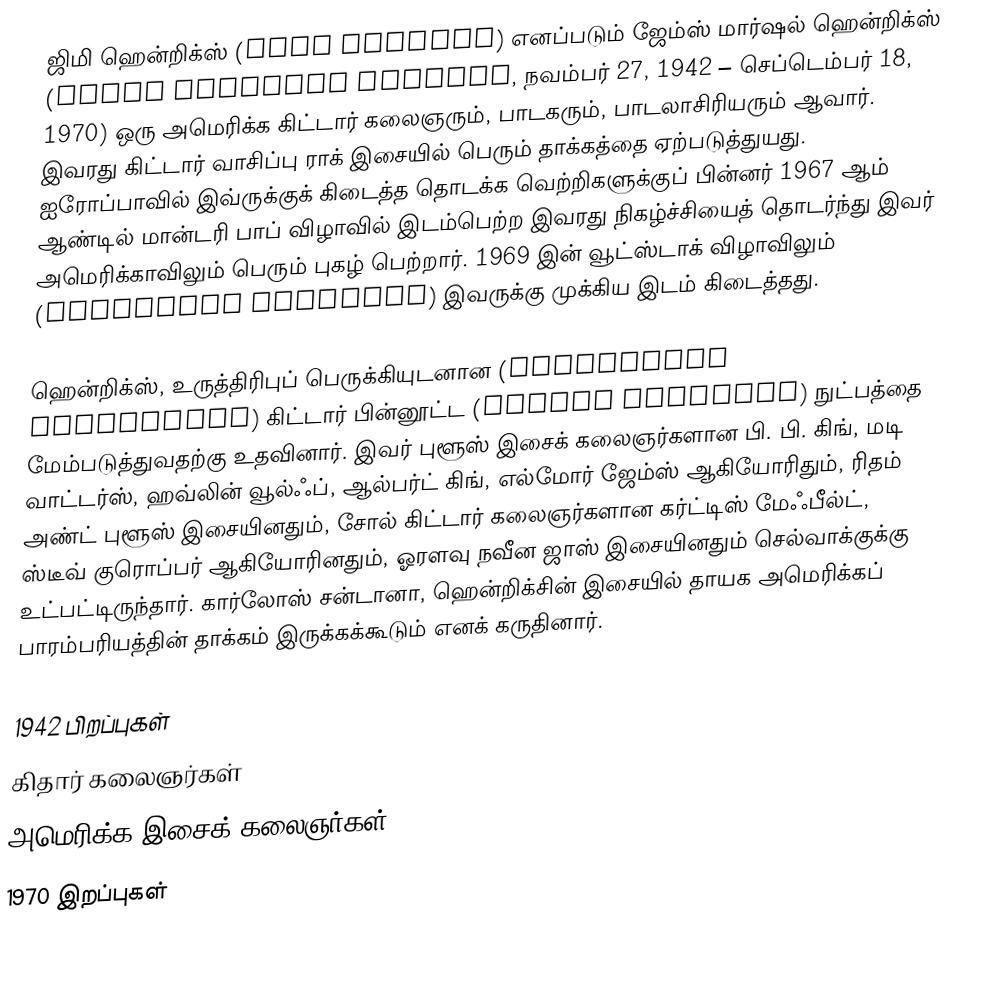
ஜிமி ஹென்றிக்ஸ் (Jimi Hendrix) எனப்படும் ஜேம்ஸ் மார்ஷல் ஹென்றிக்ஸ் (James Marshall Hendrix, நவம்பர் 27, 1942 – செப்டெம்பர் 18, 1970) ஒரு அமெரிக்க கிட்டார் கலைஞரும், பாடகரும், பாடலாசிரியரும் ஆவார். இவரது கிட்டார் வாசிப்பு ராக் இசையில் பெரும் தாக்கத்தை ஏற்படுத்துயது. ஐரோப்பாவில் இவ்ருக்குக் கிடைத்த தொடக்க வெற்றிகளுக்குப் பின்னர் 1967 ஆம் ஆண்டில் மான்டரி பாப் விழாவில் இடம்பெற்ற இவரது நிகழ்ச்சியைத் தொடர்ந்து இவர் அமெரிக்காவிலும் பெரும் புகழ் பெற்றார். 1969 இன் வூட்ஸ்டாக் விழாவிலும் (Woodstock Festival) இவருக்கு முக்கிய இடம் கிடைத்தது.

ஹென்றிக்ஸ், உருத்திரிபுப் பெருக்கியுடனான (overdriven amplifiers) கிட்டார் பின்னூட்ட (guitar feedback) நுட்பத்தை மேம்படுத்துவதற்கு உதவினார். இவர் புளூஸ் இசைக் கலைஞர்களான பி. பி. கிங், மடி வாட்டர்ஸ், ஹவ்லின் வூல்ஃப், ஆல்பர்ட் கிங், எல்மோர் ஜேம்ஸ் ஆகியோரிதும், ரிதம் அண்ட் புளூஸ் இசையினதும், சோல் கிட்டார் கலைஞர்களான கர்ட்டிஸ் மேஃபீல்ட், ஸ்டீவ் குரொப்பர் ஆகியோரினதும், ஓரளவு நவீன ஜாஸ் இசையினதும் செல்வாக்குக்கு உட்பட்டிருந்தார். கார்லோஸ் சன்டானா, ஹென்றிக்சின் இசையில் தாயக அமெரிக்கப் பாரம்பரியத்தின் தாக்கம் இருக்கக்கூடும் எனக் கருதினார்.

1942 பிறப்புகள்
கிதார் கலைஞர்கள்
அமெரிக்க இசைக் கலைஞர்கள்
1970 இறப்புகள்